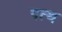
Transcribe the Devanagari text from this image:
पत्थ